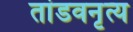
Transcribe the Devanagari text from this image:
तांडवनृत्य